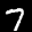
Label: 7